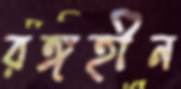
রঙ্গহীন